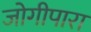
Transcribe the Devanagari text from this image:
जोगीपारा